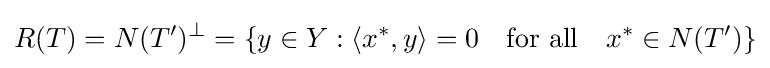
R(T)=N(T')^{\perp }=\left\{y\in Y:\langle x^{*},y\rangle =0\quad {\text{for all}}\quad x^{*}\in N(T')\right\}